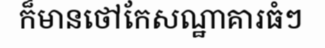
ក៏មានថៅកែសណ្ឋាគារធំៗ